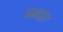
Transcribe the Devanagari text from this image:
फावाए